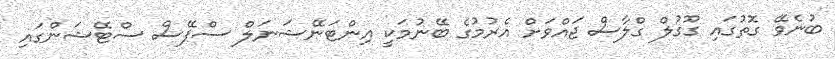
ބުނެވޭ ގޮތުގައި ގޫގުލް ގްލާސް ޖައްވަށް އެރުމުގެ ބޭނުމަކީ އިންޓަނޭޝަނަލް ސްޕޭސް ސްޓޭޝަންގައި